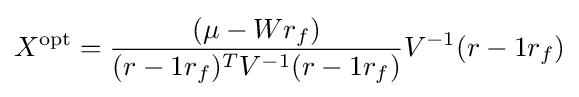
X^{\mathrm {opt} }={\frac {(\mu -Wr_{f})}{(r-1r_{f})^{T}V^{-1}(r-1r_{f})}}V^{-1}(r-1r_{f})